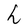
Character: h